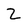
Character: Z